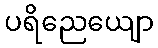
ပရိညေယျော